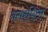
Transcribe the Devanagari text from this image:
नगरपिता